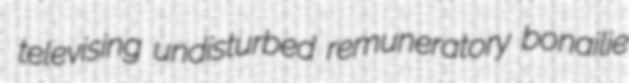
televising undisturbed remuneratory bonailie